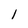
Character: I